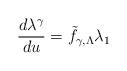
LaTeX: \begin{align*}\frac{d\lambda^{\gamma}}{du} = {\tilde f}_{\gamma, \Lambda}\lambda_1\end{align*}